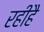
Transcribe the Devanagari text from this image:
रहीहै